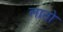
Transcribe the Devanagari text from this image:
लातो